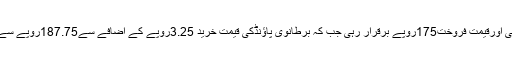
فاریکس رپورٹ کے مطابق یوروکی قیمت خرید170روپے سے بڑھ کر171روپے ہوگئی اورقیمت فروخت175روپے برقرار رہی جب کہ برطانوی پاﺅنڈکی قیمت خرید 3.25روپے کے اضافے سے187.75روپے سے بڑھ کر190.50روپے اورقیمت فروخت193روپے سے بڑھ کر194.50روپے ہوگئی۔